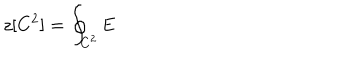
LaTeX: z [ C ^ { 2 } ] = \oint _ { C ^ { 2 } } { \mathbf E }